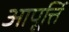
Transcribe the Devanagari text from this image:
आपूर्त्ति